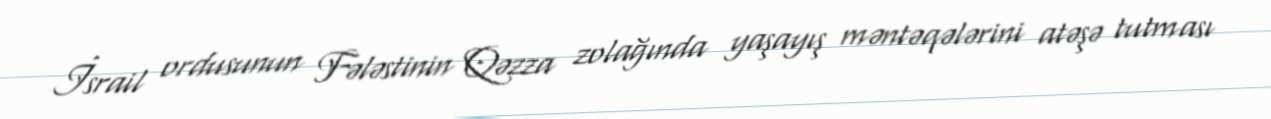
İsrail ordusunun Fələstinin Qəzza zolağında yaşayış məntəqələrini atəşə tutması